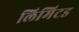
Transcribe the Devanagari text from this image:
लिमिटड